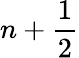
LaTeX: n+\frac{1}{2}